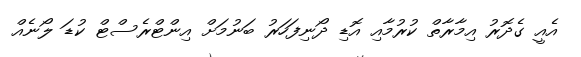
އެއީ ގެދޮރު އިމާރާތް ކުުރުމާއި އޮޑި ދޯނިފަހަރު ބަނުމަށް އިންޓްރެސްޓް ކުޑަ ލޯނެއް